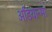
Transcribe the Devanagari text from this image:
अडियान्मा